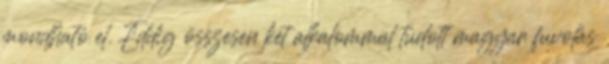
mondható el. Eddig összesen két alkalommal tudott magyar fuvolás